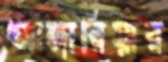
আঙ্গারিয়ার